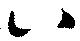
口